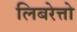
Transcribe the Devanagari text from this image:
लिबरेत्तो